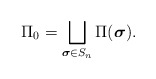
\begin{align*} \Pi_0=\bigsqcup_{\boldsymbol{\sigma}\in S_n}\Pi(\boldsymbol{\sigma}).\end{align*}